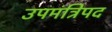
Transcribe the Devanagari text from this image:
उपमंत्रिपद